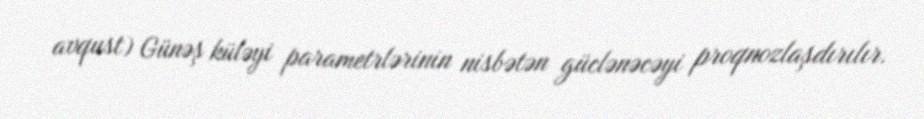
avqust) Günəş küləyi parametrlərinin nisbətən güclənəcəyi proqnozlaşdırılır.